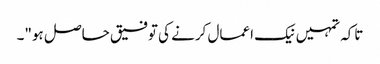
تاکہ تمہیں نیک اعمال کرنے کی توفیق حاصل ہو"۔